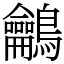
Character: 鸙